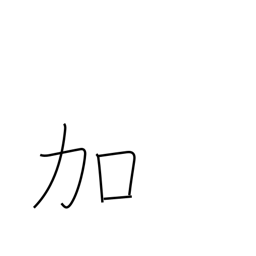
Meaning: addition